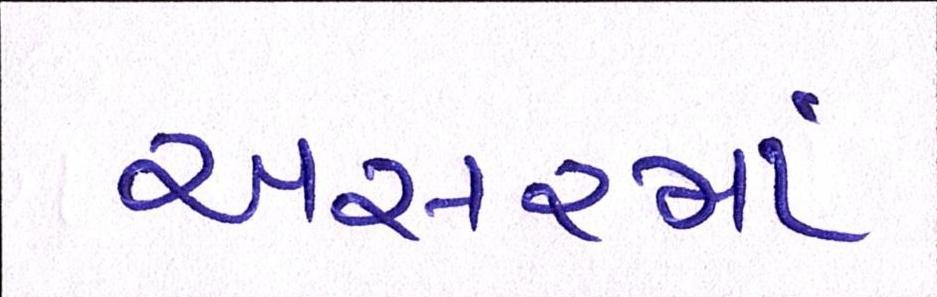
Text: અસરમાં